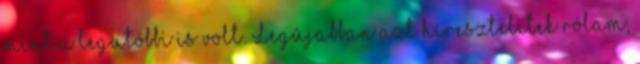
mint a legutóbbi is volt. Legújabban azt híresztelitek rólam,